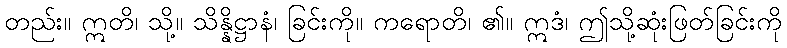
တည်း။ ဣတိ၊ သို့။ သိန္နိဋ္ဌာနံ၊ ခြင်းကို။ ကရောတိ၊ ၏။ ဣဒံ၊ ဤသို့ဆုံးဖြတ်ခြင်းကို